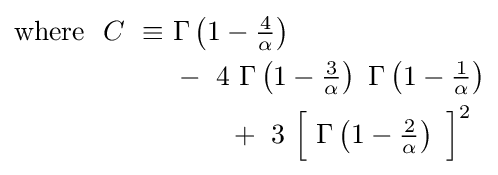
{\begin{aligned}{\text{where}}~~C\ \equiv \ &\Gamma \left(1-{\tfrac {4}{\alpha }}\right)\\&-\ 4\ \Gamma \left(1-{\tfrac {3}{\alpha }}\right)\ \Gamma \left(1-{\tfrac {1}{\alpha }}\right)\\&\qquad +\ 3\ {\Bigl [}\ \Gamma \left(1-{\tfrac {2}{\alpha }}\right)\ {\Bigr ]}^{2}\ \end{aligned}}